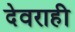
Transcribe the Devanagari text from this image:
देवराही